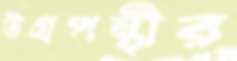
উগ্রপন্থীর